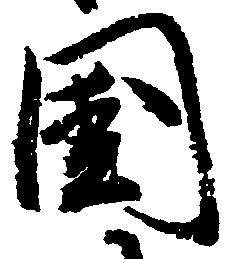
国